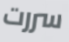
سررت